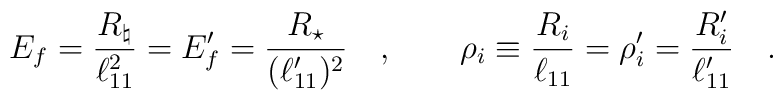
E_f={\frac{R_\natural}{\ell_{11}^2}}=E_f^\prime={\frac{R_\star}{(\ell_{11}^\prime)^2}} \quad , \qquad\rho_i\equiv{\frac{R_i}{\ell_{11}}}=\rho_i^\prime={\frac{R_i^\prime}{\ell_{11}^\prime}} \quad .